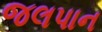
જલપાન